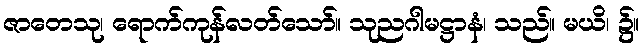
ဇာတေသု၊ ရောက်ကုန်လတ်သော်။ သုညဂါမဋ္ဌာနံ၊ သည်။ မယိ၊ ၌။